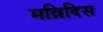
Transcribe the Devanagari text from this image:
मव्रिदिस